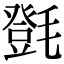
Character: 㲪